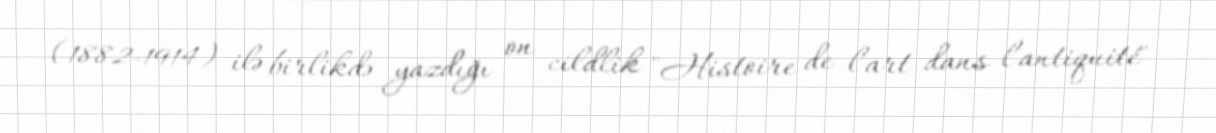
(1882-1914) ilə birlikdə yazdığı on cildlik "Histoire de l'art dans l'antiquité"